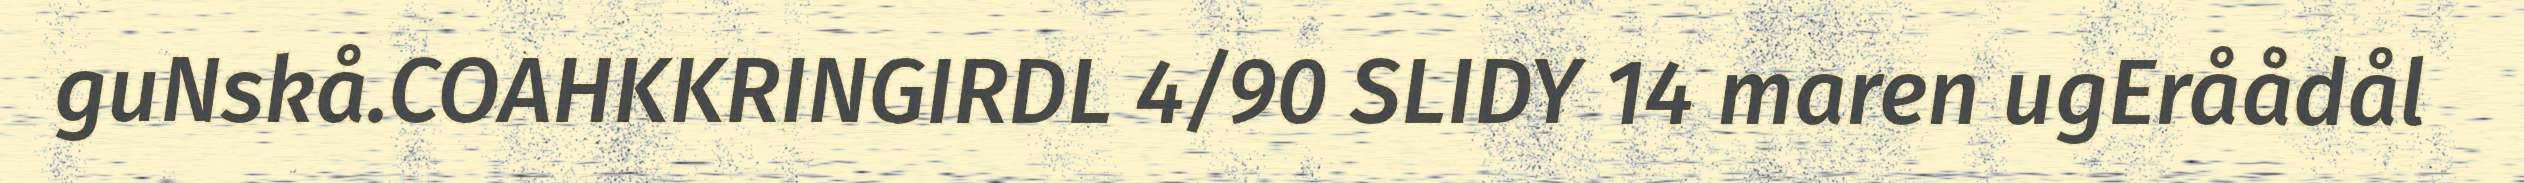
guNskå.COAHKKRINGIRDL 4/90 SLIDY 14 maren ugEråådål